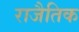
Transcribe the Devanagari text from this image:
राजैतिक